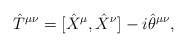
\begin{align*}\hat{T}^{\mu\nu}=[\hat{X}^{\mu},\hat{X}^{\nu}]-i\hat{\theta}^{\mu\nu},\end{align*}